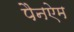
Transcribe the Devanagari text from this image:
पैनऐम